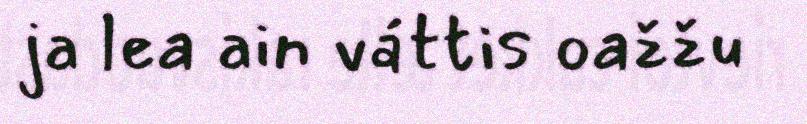
ja lea ain váttis oažžu